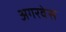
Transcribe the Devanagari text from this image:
अगरवेस